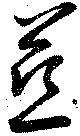
慈